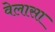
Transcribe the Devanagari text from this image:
वेलासा